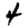
Digit: 4